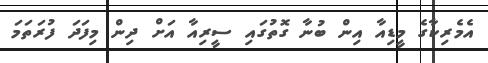
އެމެރިކާގެ މީޑިއާ އިން ބުނާ ގޮތުގައި ސީރިއާ އަށް ދިން މިފަދަ ފުރަތަމަ